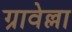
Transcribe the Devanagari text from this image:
ग्रावेल्ला